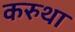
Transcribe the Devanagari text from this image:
करुथा